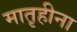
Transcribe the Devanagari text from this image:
मातृहीना